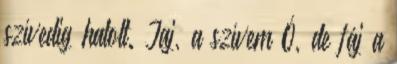
szívedig hatolt. Jaj, a szívem Ó, de fáj a